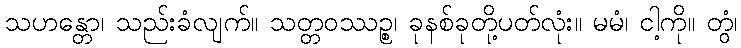
သဟန္တော၊ သည်းခံလျက်။ သတ္တဝဿဉ္စ၊ ခုနစ်ခုတို့ပတ်လုံး။ မမံ၊ ငါ့ကို။ တွံ၊